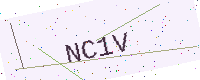
Text: NC1V